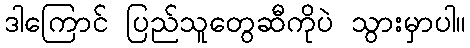
ဒါကြောင် ပြည်သူတွေဆီကိုပဲ သွားမှာပါ။